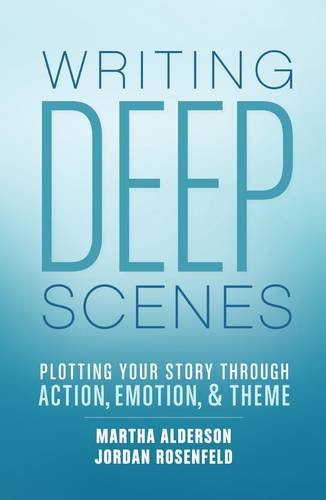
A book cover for Writing Deep Scenes: Plotting Your Story Through Action, Emotion, and Theme; Martha Alderson; Reference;